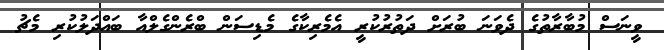
ވީނަސް މުބާރާތުގެ ދެވަނަ ބުރަށް ދަތުރުކުރީ އެމެރިކާގެ މެޑިސަން ބްރެންގެލްއާ ބައްދަލުކުރި މެޗު